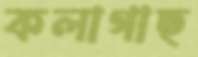
কলাগাছ